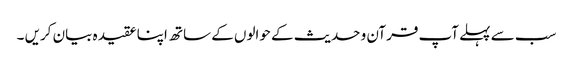
سب سے پہلے آپ قرآن و حدیث کے حوالوں کے ساتھ اپنا عقیدہ بیان کریں ۔